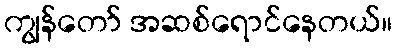
ကျွန်တော် အဆစ်ရောင်နေတယ်။